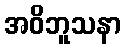
အဝိဘူသနာ